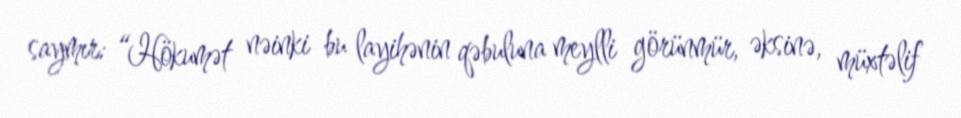
saymır: “Hökumət nəinki bu layihənin qəbuluna meylli görünmür, əksinə, müxtəlif